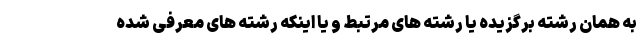
به همان رشته برگزیده یا رشته های مرتبط و یا اینکه رشته های معرفی شده